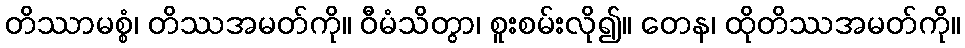
တိဿာမစ္စံ၊ တိဿအမတ်ကို။ ဝီမံသိတွာ၊ စူးစမ်းလို၍။ တေန၊ ထိုတိဿအမတ်ကို။